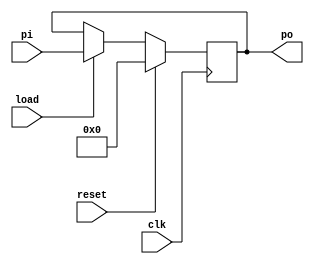
`timescale 1ns / 1ps
//////////////////////////////////////////////////////////////////////////////////
// Company: 
// Engineer: 
// 
// Design Name: 
// Module Name: PIPO_reg
// Project Name: 
// Target Devices: 
// Tool Versions: 
// Description: 
// 
// Dependencies: 
// 
// Revision:
// Revision 0.01 - File Created
// Additional Comments:
// 
//////////////////////////////////////////////////////////////////////////////////


module PIPO_reg #(parameter n=8)(
input clk,reset,load,
input[n-1:0]pi,
output reg [n-1:0]po
    );
    always@(posedge clk)
    begin
    if(reset)
    po<=0;
    else if(load)
    po<=pi;
    end

endmodule